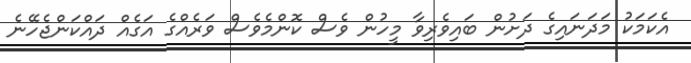
އެކަމަކު މަދަނައިގެ ދަށުން ބައިވެރިވާ މީހުން ވެސް ކޮންމެވެސް ވަރެއްގެ އަގެއް ދައްކަންޖެހޭނެ